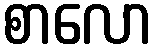
စာလော